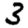
Digit: 3